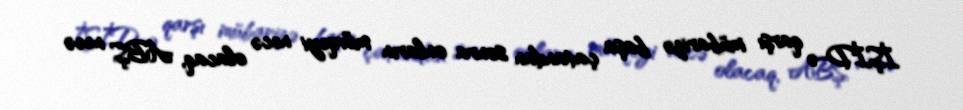
İŞİD-ə qarşı mübarizə başa çatandan sonra onların mövqeyi necə olacaq, ABŞ necə